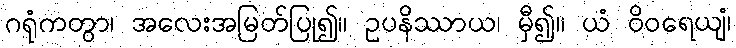
ဂရုံကတွာ၊ အလေးအမြတ်ပြု၍။ ဥပနိဿာယ၊ မှီ၍။ ယံ ဝိဝရေယျံ၊